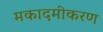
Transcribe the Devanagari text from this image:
मकादमीकरण